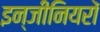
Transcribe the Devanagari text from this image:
इन्जीनियरों